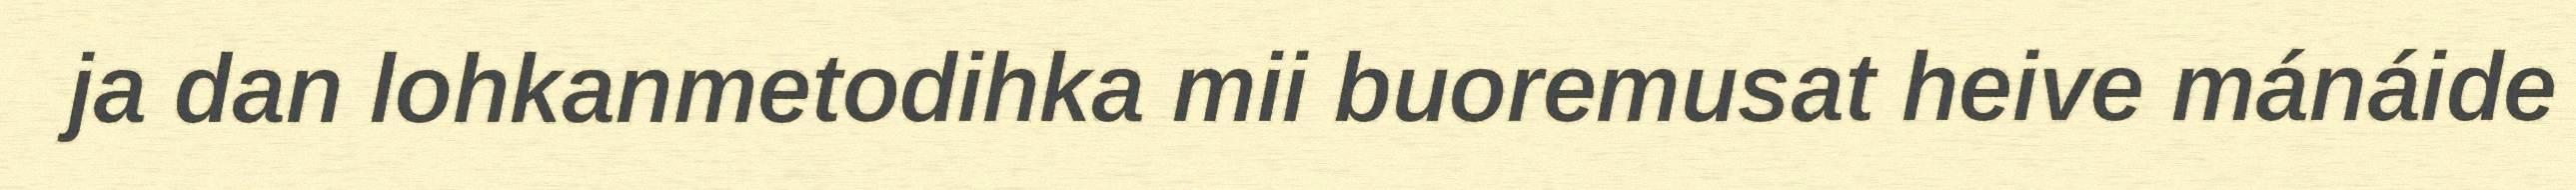
ja dan lohkanmetodihka mii buoremusat heive mánáide